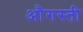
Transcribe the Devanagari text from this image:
औगस्ती